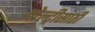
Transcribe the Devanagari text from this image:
पोल्ट्रीसाठी